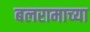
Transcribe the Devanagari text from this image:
बलरामाच्या